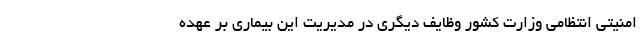
امنیتی انتظامی وزارت کشور وظایف دیگری در مدیریت این بیماری بر عهده